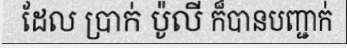
ដែល ប្រាក់ ប៉ូលី ក៏បានបញ្ជាក់